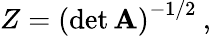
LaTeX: Z=\left(\operatorname*{det}\mathbf{A}\right)^{-1/2}\: ,